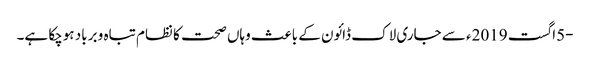
-5اگست 2019ء سے جاری لاک ڈائون کے باعث وہاں صحت کا نظام تباہ و برباد ہوچکا ہے۔